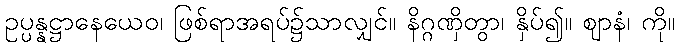
ဥပ္ပန္နဋ္ဌာနေယေဝ၊ ဖြစ်ရာအရပ်၌သာလျှင်။ နိဂ္ဂဏှိတွာ၊ နှိပ်၍။ ဈာနံ၊ ကို။